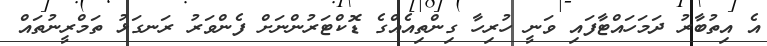
އެ އިތުބާރު ދަމަހައްޓާފައި ވަނީ ހުރިހާ ގިންތިއެއްގެ ޑޮކްޓަރުންނަށް ފެންވަރު ރަނގަޅު ތަމްރީނުތައް